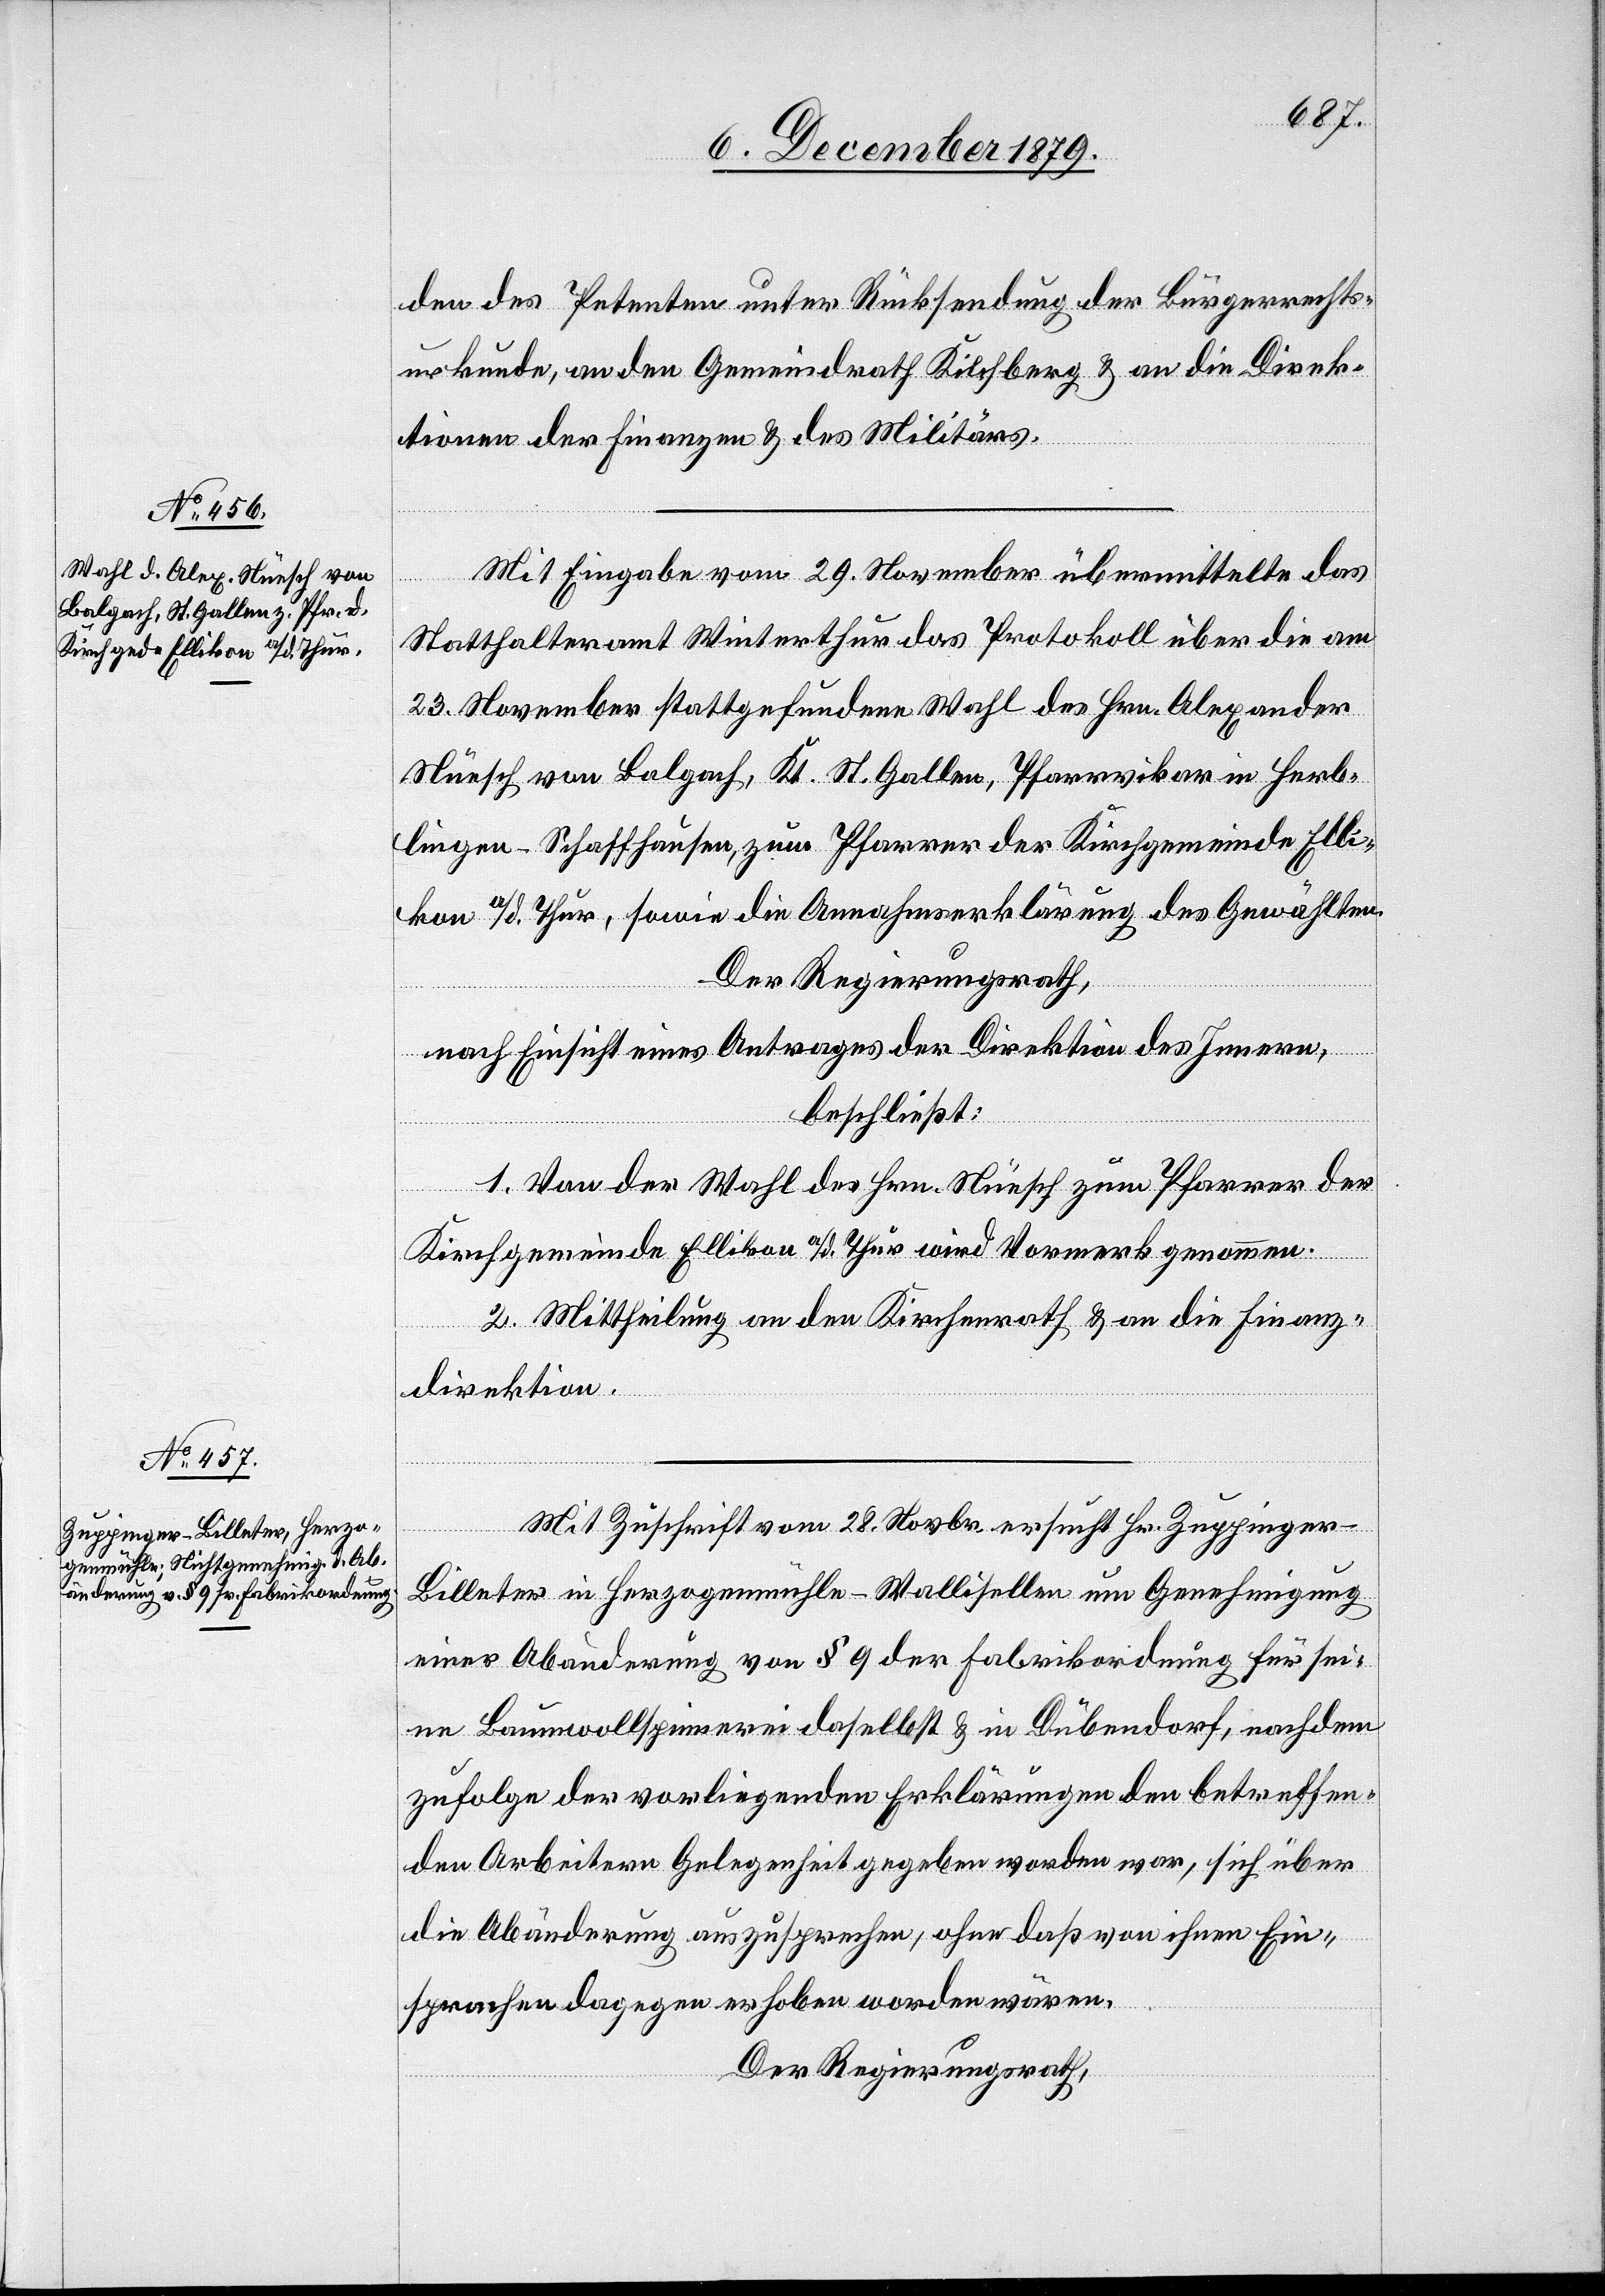
den des Petenten unter Rücksendung der Bürgerrechts¬
urkunde, an den Gemeindrath Kilchberg & an die Direk¬
tionen der Finanzen & des Militärs.
Mit Eingabe vom 29. November übermittelte das
Statthalteramt Winterthur das Protokoll über die am
23. November stattgefundene Wahl des Hrn. Alexander
Nüesch von Balgach, Kt. St. Gallen, Pfarrvikar in Herb¬
lingen - Schaffhausen, zum Pfarrer der Kirchgemeinde Elli¬
kon a/d. Thur, sowie die Annahmserklärung des Gewählten.
Der Regierungsrath,
nach Einsicht eines Antrages der Direktion des Innern,
beschließt:
1. Von der Wahl des Hrn. Nüesch zum Pfarrer der
Kirchgemeinde Ellikon a/d. Thur wird Vormerk genommen.
2. Mittheilung an den Kirchenrath & an die Finanz¬
direktion.
Mit Zuschrift vom 28. Novbr. ersucht Hr. Zuppinger-B¬
illeter in Herzogenmühle - Wallisellen um Genehmigung
einer Abänderung von § 9 der Fabrikordnung für sei¬
ne Baumwollspinnerei daselbst & in Dübendorf, nachdem
zufolge der vorliegenden Erklärungen den betreffen¬
den Arbeitern Gelegenheit gegeben worden war, sich über
die Abänderung auszusprechen, ohne daß von ihnen Ein¬
sprachen dagegen erhoben worden wären.
Der Regierungsrath,